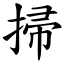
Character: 掃